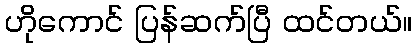
ဟိုကောင် ပြန်ဆက်ပြီ ထင်တယ်။